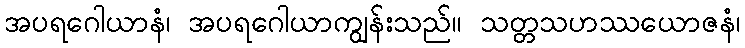
အပရဂေါယာနံ၊ အပရဂေါယာကျွန်းသည်။ သတ္တသဟဿယောဇနံ၊